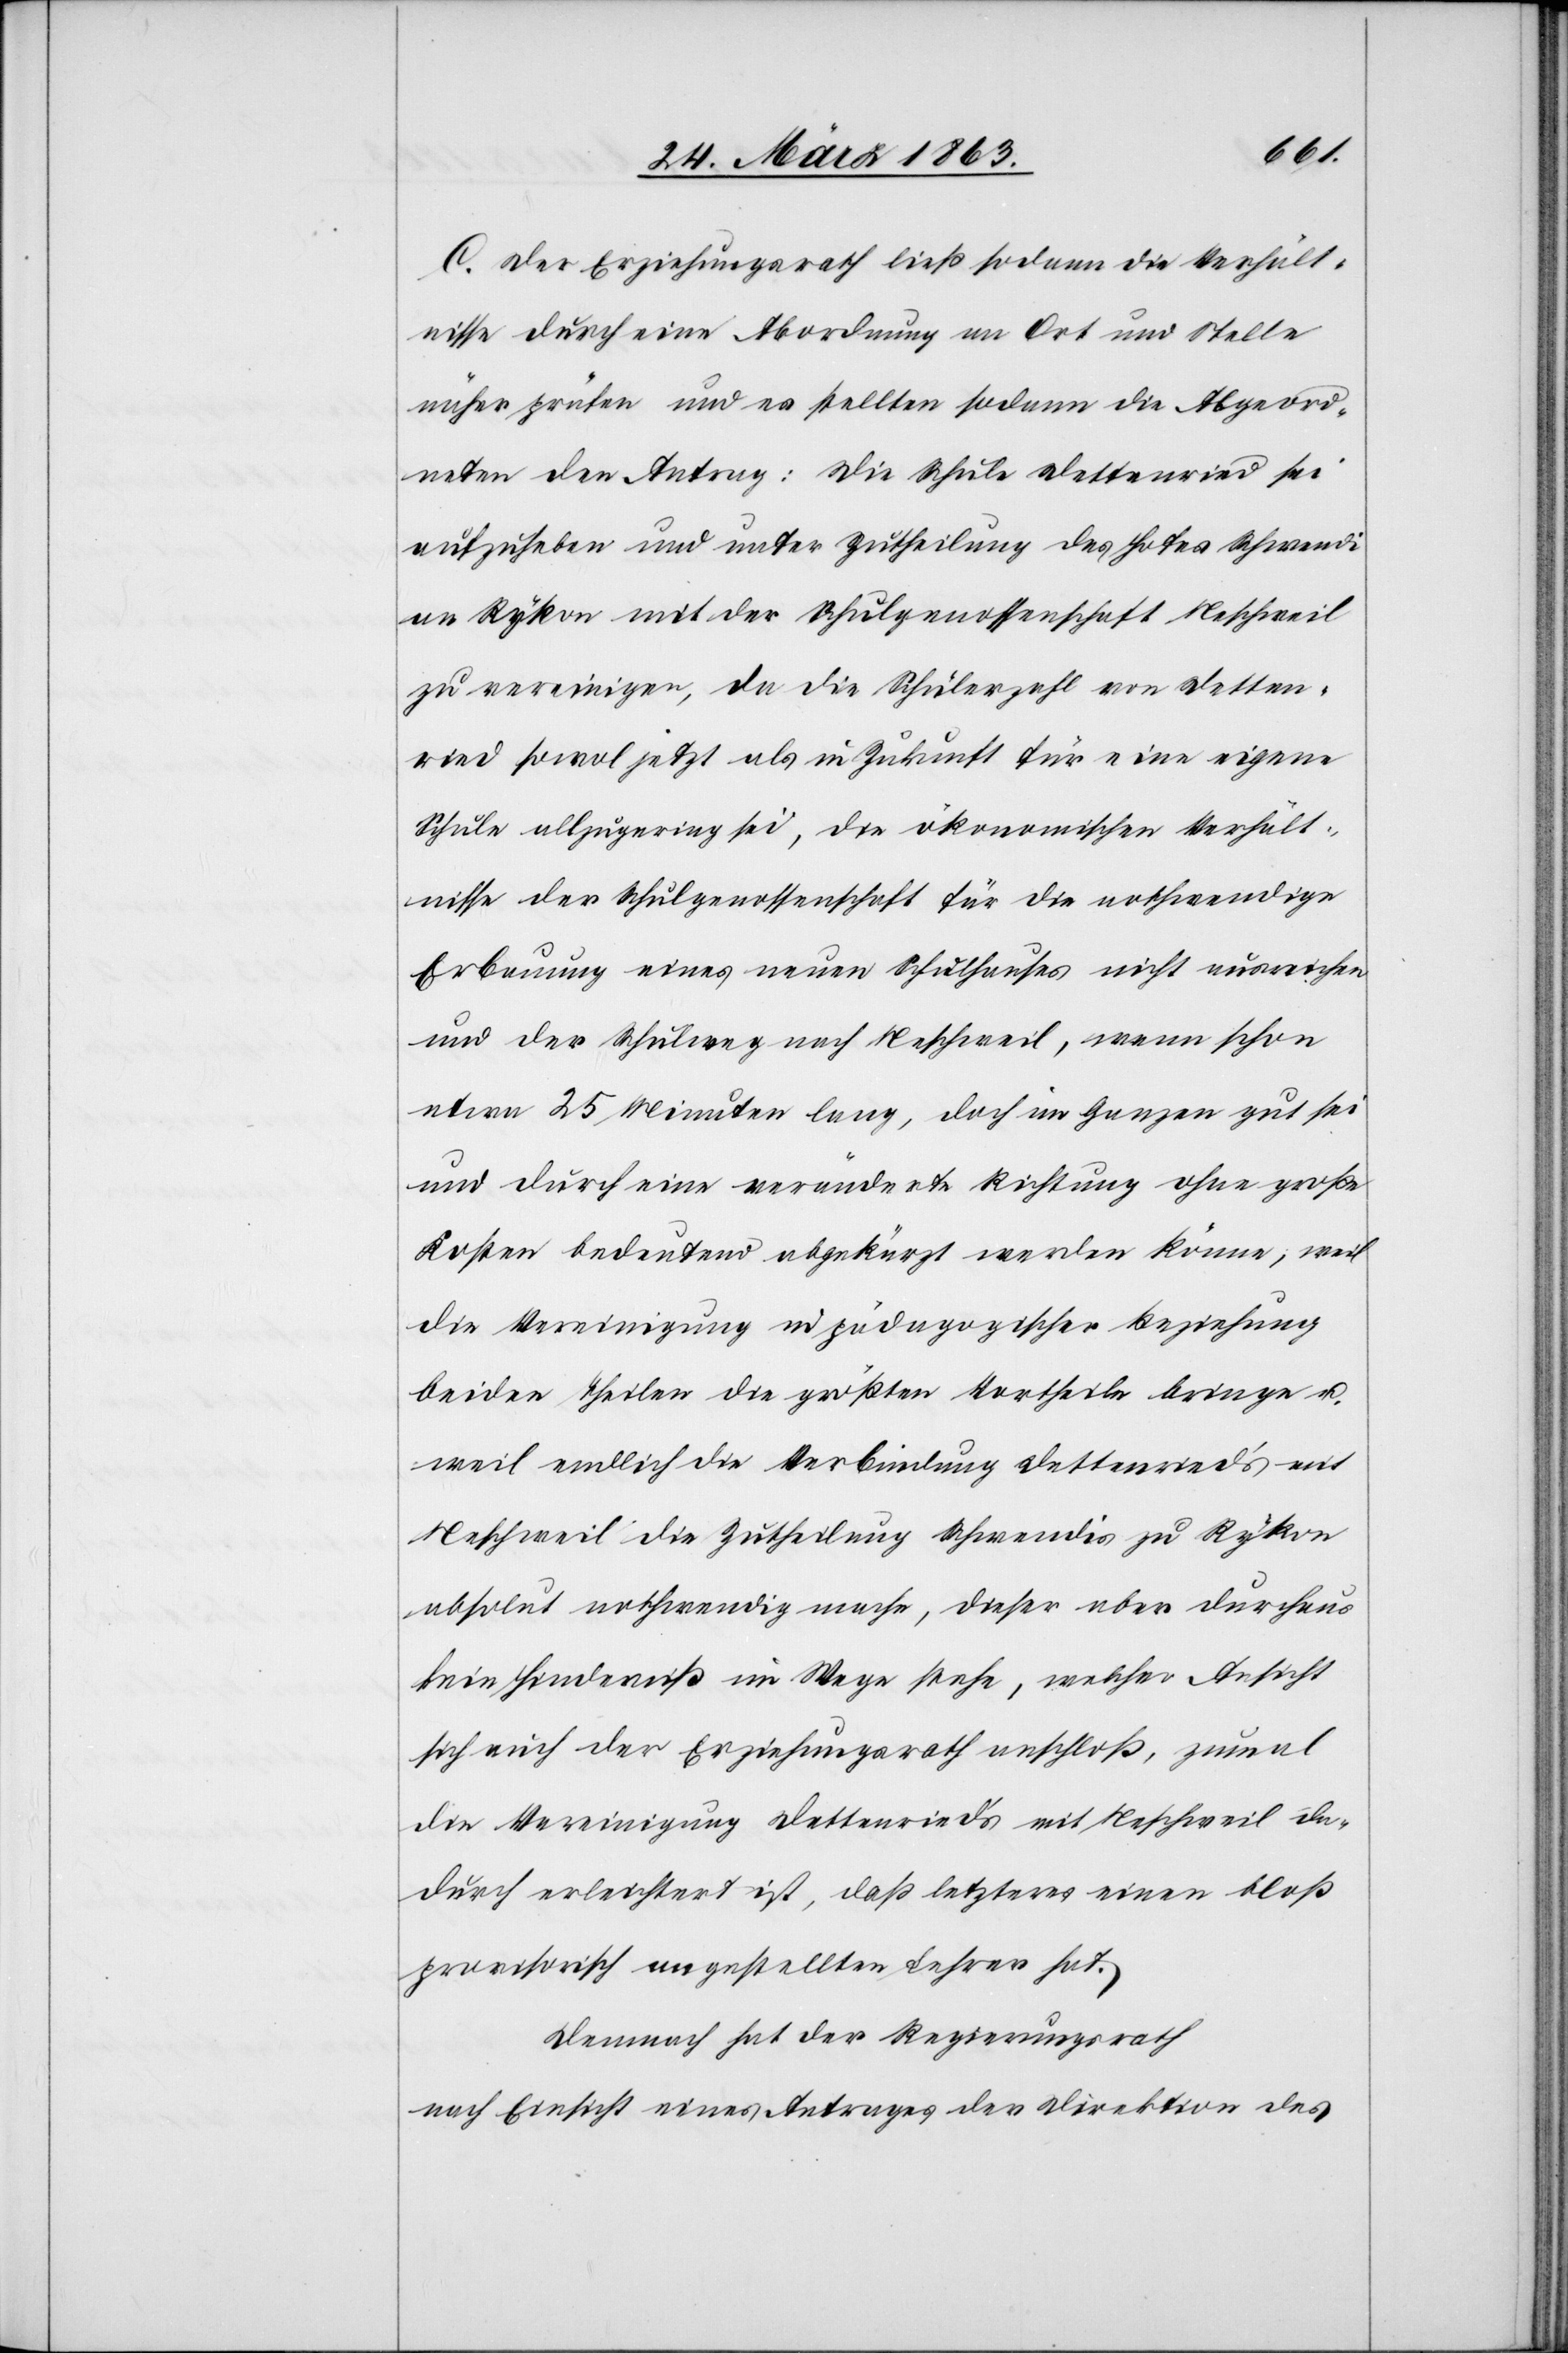
C. Der Erziehungsrath ließ sodann die Verhält¬
nisse durch eine Abordnung an Ort und Stelle
näher prüfen und es sollten sodann die Abgeord¬
neten den Antrag: Die Schule Dettenried sei
aufzuheben und unter Zutheilung des Hofes Schwendi
an Rykon mit der Schulgenossenschaft Neschweil
zu vereinigen, da die Schülerzahl von Detten¬
ried sowol jetzt als in Zukunft für eine eigene
Schule allzugering sei, die ökonomischen Verhält¬
nisse der Schulgenossenschaften für die nothwendige
Erbauung eines neuen Schulhauses nicht ausreichen
und der Schulweg nach Neschweil, wenn schon
etwa 25 Minuten lang, doch im Ganzen gut sei
und durch eine veränderte Richtung ohne große
Kosten bedeutend abgekürzt werden könne; weil
die Vereinigung in pädagogischer Beziehung
beiden Theilen die größten Vortheile bringe u.
weil endlich die Verbindung Dettenried's mit
Neschweil die Zutheilung Schwendis zu Rykon
absolut nothwendig mache, dieser aber durchaus
kein Hinderniß im Wege stehe, welcher Ansicht
sich auch der Erziehungsrath anschloß, zumal
die Vereinigung Dettenried's mit Neschweil da¬
durch erleichtert ist, daß letzteres einen bloß
provisorisch angestellten Lehrer hat.
Demnach hat der Regierungsrath
nach Einsicht eines Antrages der Direktion des